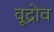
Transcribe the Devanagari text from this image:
वूद्रोव